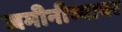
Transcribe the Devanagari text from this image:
जमीनीच्यावर